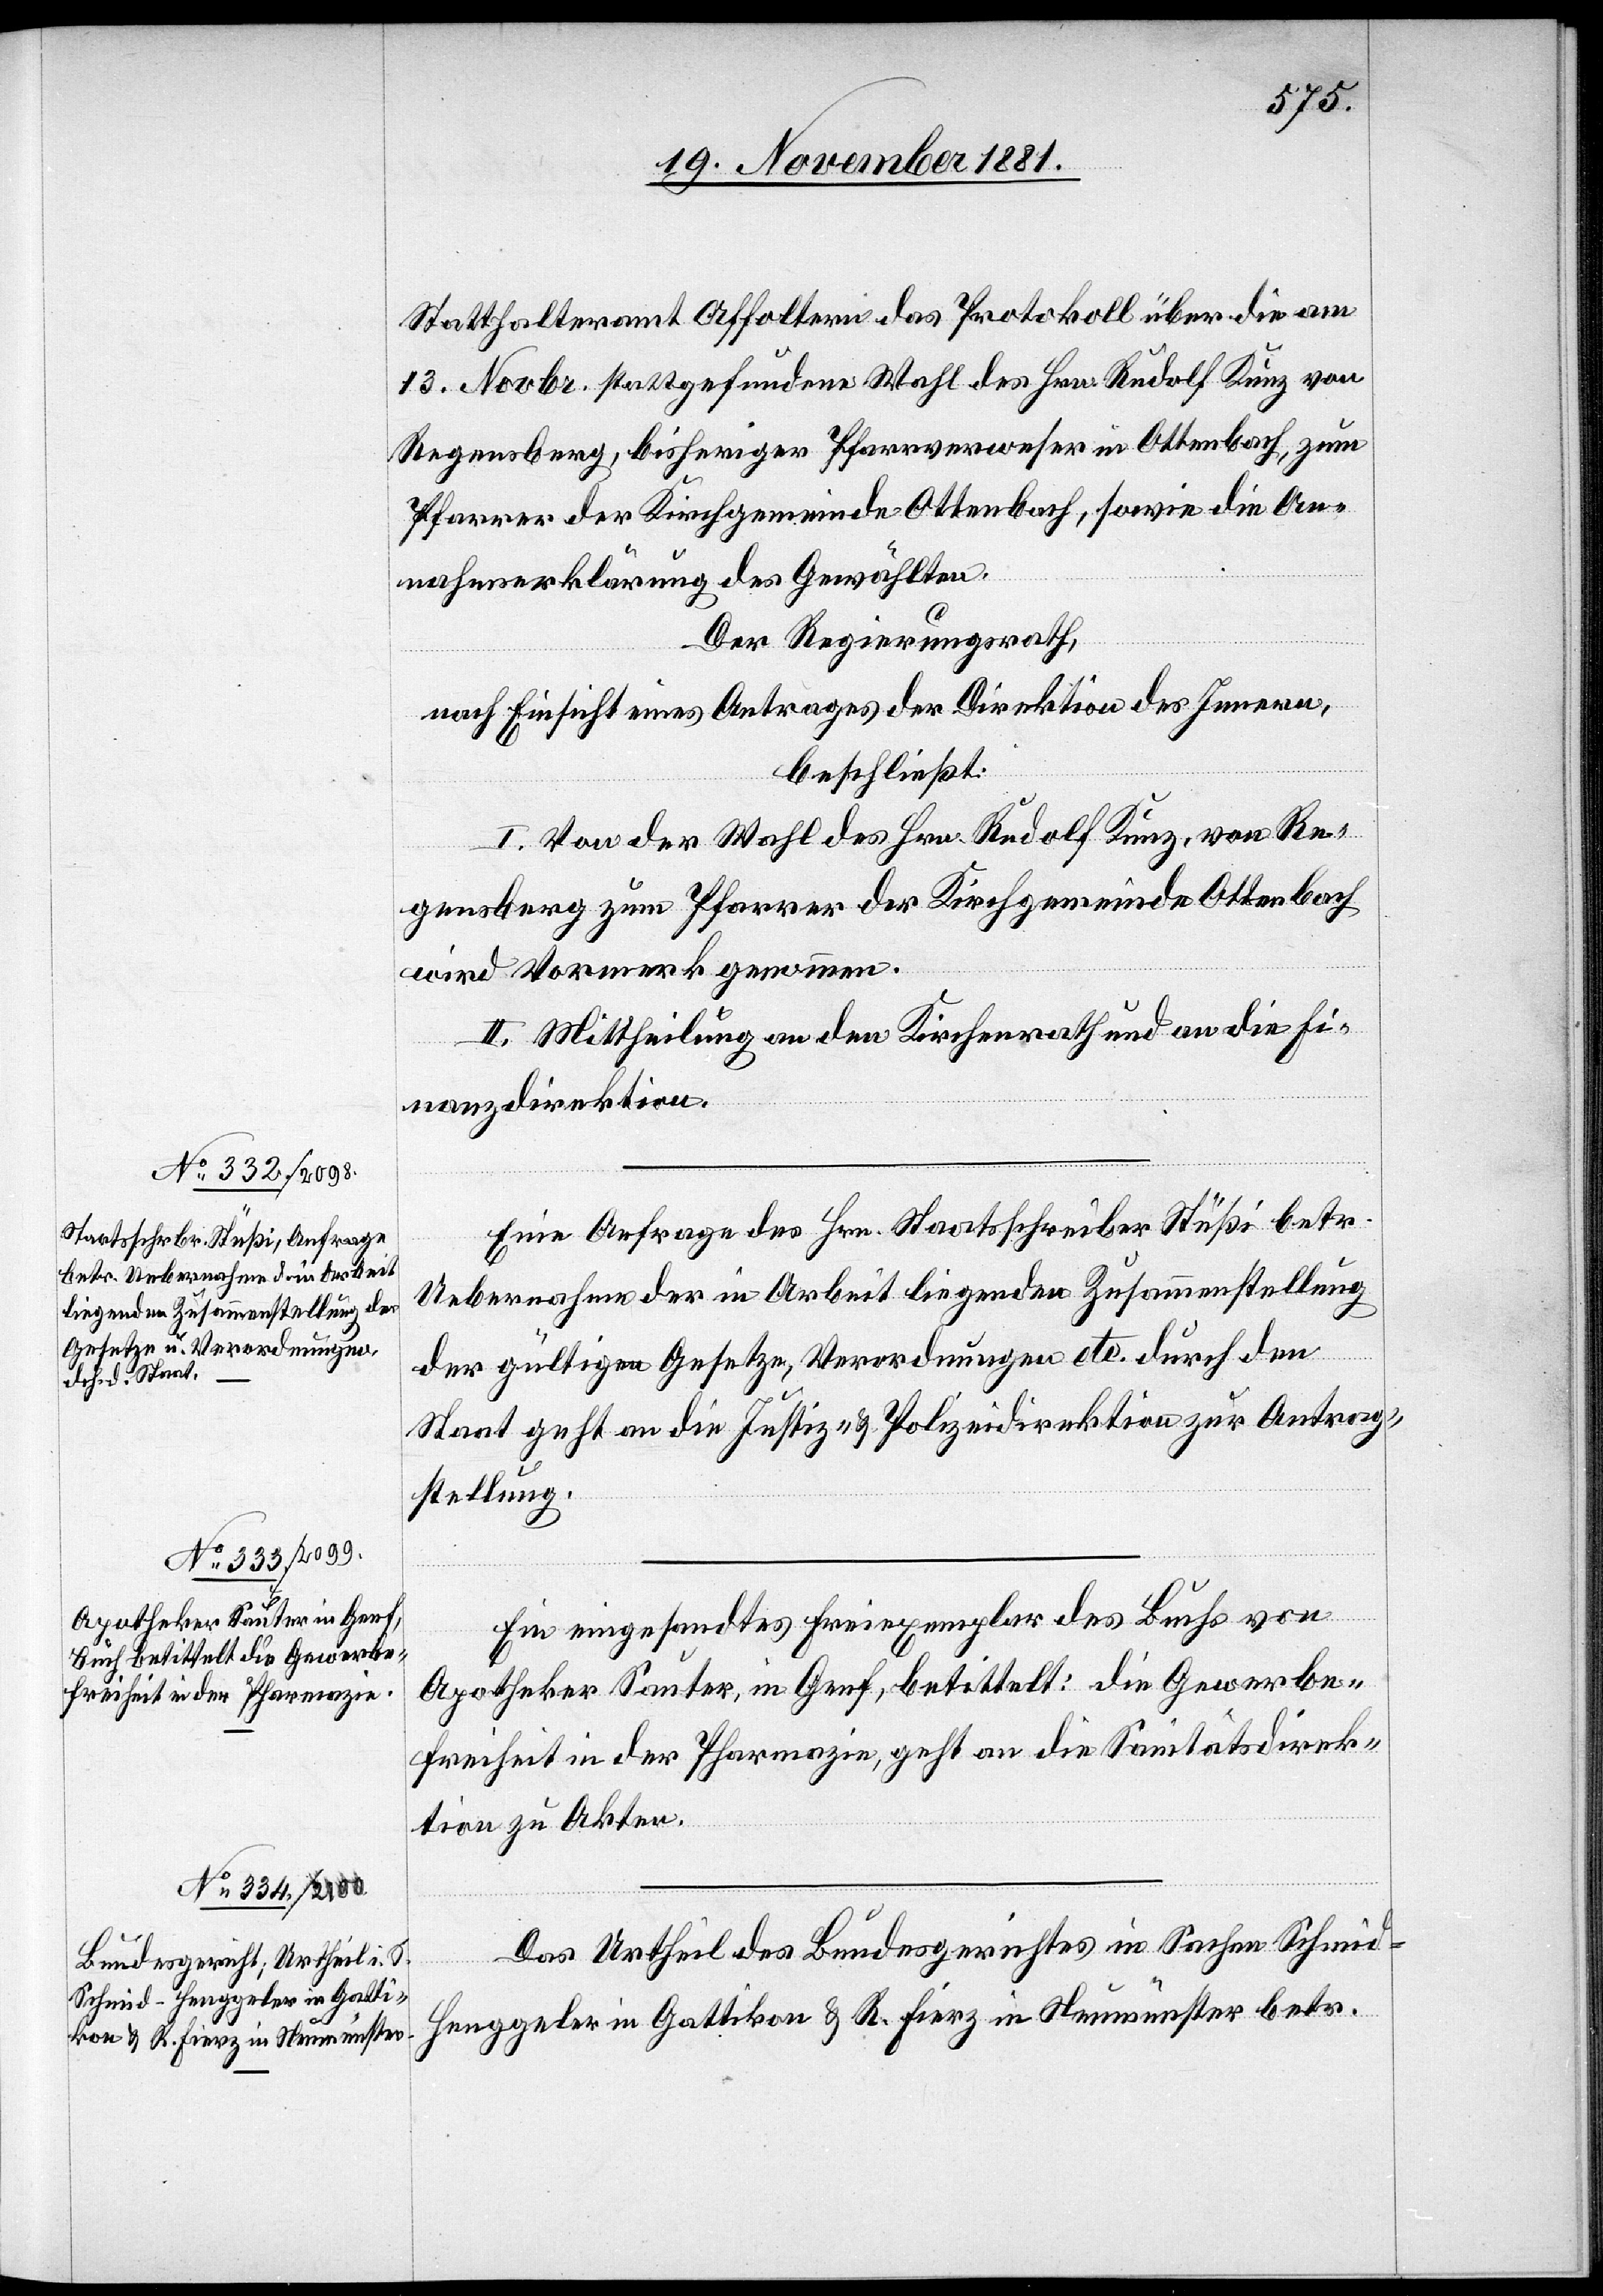
Statthalteramt Affoltern das Protokoll über die am
13. Novbr. stattgefundene Wahl des Hrn. Rudolf Kunz von
Regensberg, bisheriger Pfarrverweser in Ottenbach, zum
Pfarrer der Kirchgemeinde Ottenbach, sowie die An¬
nahmserklärung des Gewählten.
Der Regierungsrath,
nach Einsicht eines Antrages der Direktion des Innern,
beschließt:
I. Von der Wahl des Hrn. Rudolf Kunz, von Re¬
gensberg zum Pfarrer der Kirchgemeinde Ottenbach
wird Vormerk genommen.
II. Mittheilung an den Kirchenrath und an die Fi¬
nanzdirektion.
Eine Anfrage des Hrn. Staatsschreiber Stüßi betr.
Uebernahme der in Arbeit liegenden Zusammenstellung
der gültigen Gesetze, Verordnungen etc. durch den
Staat geht an die Justiz- & Polizeidirektion zur Antrag¬
stellung.
Ein eingesandtes Freiexemplar des Buchs von
Apotheker Sauter, in Genf, betittelt: die Gewerbe¬
freiheit in der Pharmazie, geht an die Sanitätsdirek¬
tion zu Akten.
Das Urtheil des Bundesgerichtes in Sachen Schmid-H¬
enggeler in Gattikon & R. Fierz in Neumünster betr.